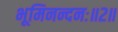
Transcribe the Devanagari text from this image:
भूमिनन्दनः॥२॥